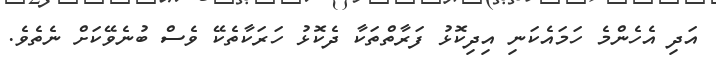
އަދި އެހެންމެ ހަމައެކަނި އިދިކޮޅު ފަރާތްތަކާ ދެކޮޅު ހަރަކާތެކޭ ވެސް ބުނެވޭކަށް ނެތެވެ.